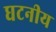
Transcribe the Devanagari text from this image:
घटनीय